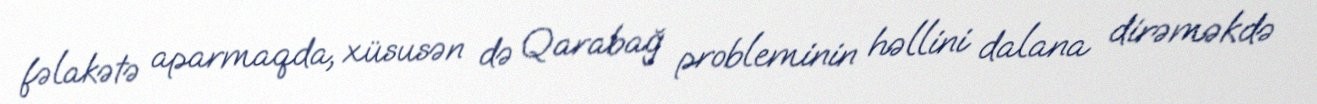
fəlakətə aparmaqda, xüsusən də Qarabağ probleminin həllini dalana dirəməkdə